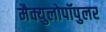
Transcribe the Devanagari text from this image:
मैक्युलोपॉपुलर